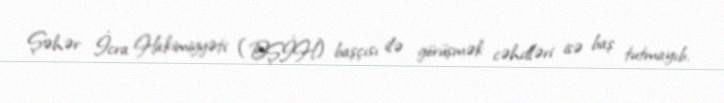
Şəhər İcra Hakimiyyəti (BŞİH) başçısı ilə görüşmək cəhdləri isə baş tutmayıb.